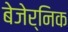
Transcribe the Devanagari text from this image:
बेजेर्निक